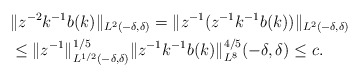
\begin{align*}& \|z^{-2} k^{-1}b(k) \|_{L^2(-\delta,\delta) }= \| z^{-1} ( z^{-1} k^{-1}b(k)) \|_{L^2(-\delta,\delta) }\\ &\leq \|z^{-1} \|_{L^{1/2}(-\delta,\delta) }^{1/5} \| z^{-1} k^{-1} b(k) \|_{L^8}^{4/5}(-\delta,\delta)\leq c.\end{align*}